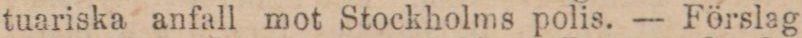
tuariska anfall mot Stockholms polis. — Förslag